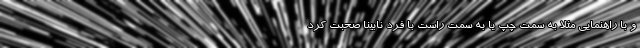
و با راهنمایی مثلاً به سمت چپ یا به سمت راست با فرد نابینا صحبت کرد